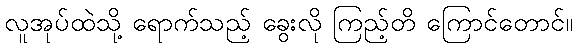
လူအုပ်ထဲသို့ ရောက်သည့် ခွေးလို ကြည့်တိ ကြောင်တောင်။